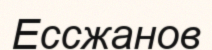
Ессжанов